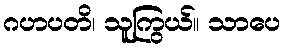
ဂဟပတိ၊ သူကြွယ်။ သာပေ